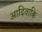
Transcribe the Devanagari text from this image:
आदिवाकि